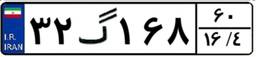
۳۲گ۱۶۸۶۰